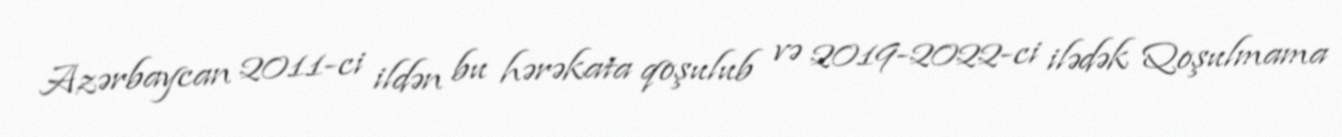
Azərbaycan 2011-ci ildən bu hərəkata qoşulub və 2019-2022-ci ilədək Qoşulmama